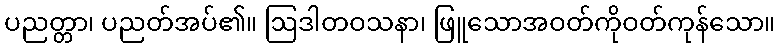
ပညတ္တာ၊ ပညတ်အပ်၏။ ဩဒါတဝသနာ၊ ဖြူသောအဝတ်ကိုဝတ်ကုန်သော။